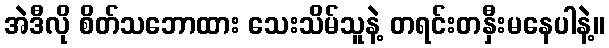
အဲဒီလို စိတ်သဘောထား သေးသိမ်သူနဲ့ တရင်းတနှီးမနေပါနဲ့။